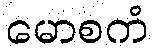
မောစကံ